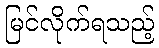
မြင်လိုက်ရသည့်